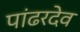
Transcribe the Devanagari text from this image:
पांढरदेव